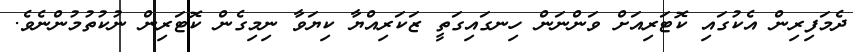
ދެމަފިރިން އެކުގައި ކޮޓަރިއަށް ވަންނަން ހިނގައިގަތީ ޒަކަރިއްޔާ ކިޔަވާ ނިމިގެން ކޮޓަރިން ނުކުތުމުންނެވެ.